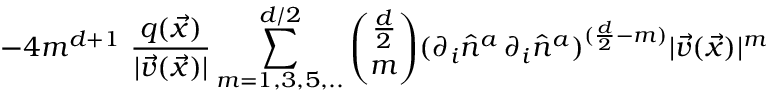
- 4 m ^ { d + 1 } \, \, \frac { q ( \vec { x } ) } { | \vec { v } ( \vec { x } ) | } \sum _ { m = 1 , 3 , 5 , . . } ^ { d / 2 } { \binom { \frac { d } { 2 } } { m } } ( \partial _ { i } \hat { n } ^ { a } \, \partial _ { i } \hat { n } ^ { a } ) ^ { ( \frac { d } { 2 } - m ) } | \vec { v } ( \vec { x } ) | ^ { m }